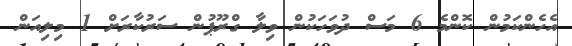
އެހެންކަމުން ކޮންމެ 6 މަސް ދުވަހަކުން ވިލާ ގްރޫޕުން ސަރުކާރަށް 1 މިލިއަން